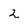
Character: 2